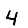
Digit: 4